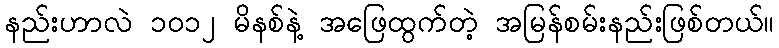
နည်းဟာလဲ ၁ဝ၁၂ မိနစ်နဲ့ အဖြေထွက်တဲ့ အမြန်စမ်းနည်းဖြစ်တယ်။